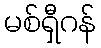
မစ်ရှီဂန်